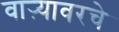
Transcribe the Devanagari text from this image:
वाऱ्यावरचे